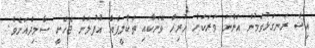
އިޝާ ރަނގަޅުވަމުން އަންނަ ވަރަކަށް ހުރިހާ ވޭނަކާއި ތަކްލީފެއް އުފުލަން ޖެހެނީ ޞާމިދްއަށެވެ.